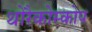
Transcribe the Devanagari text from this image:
थोरैकोस्कोप